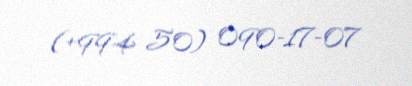
(+994 50) 090-17-07